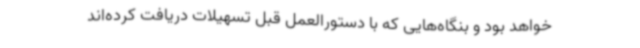
خواهد بود و بنگاه‌هایی که با دستورالعمل قبل تسهیلات دریافت کرده‌اند